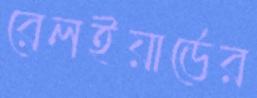
রেলইয়ার্ডের